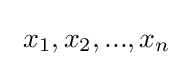
\ x_{1},x_{2},...,x_{n}